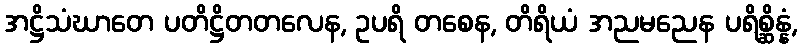
အဋ္ဌိသံဃာတေ ပတိဋ္ဌိတတလေန, ဥပရိ တစေန, တိရိယံ အညမညေန ပရိစ္ဆိန္နံ,